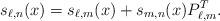
LaTeX: \begin{align*}s_{\ell,n}(x) = s_{\ell, m}(x) + s_{m,n}(x)P_{\ell, m}^{T}.\end{align*}